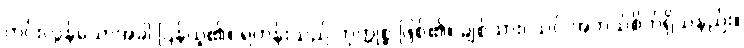
ကင်းလွန်သောအခါ ပြန်ယူ၏။ ရဟန်းသည် ကုက္ကုစ္စ ဖြစ်၏။ ချစ်သား၊ သင် အဘယ်စိတ်ရှိသနည်း။